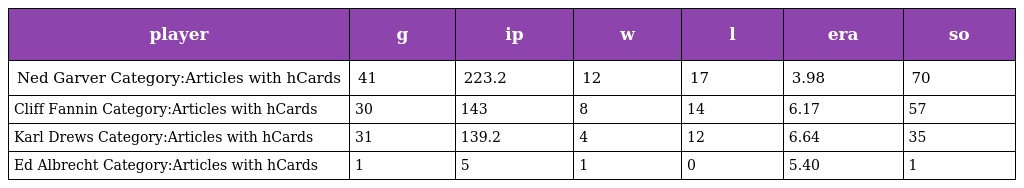
| player | g | ip | w | l | era | so |
 | --- | --- | --- | --- | --- | --- | --- |
 | Ned Garver Category:Articles with hCards | 41 | 223.2 | 12 | 17 | 3.98 | 70 |
 | Cliff Fannin Category:Articles with hCards | 30 | 143 | 8 | 14 | 6.17 | 57 |
 | Karl Drews Category:Articles with hCards | 31 | 139.2 | 4 | 12 | 6.64 | 35 |
 | Ed Albrecht Category:Articles with hCards | 1 | 5 | 1 | 0 | 5.40 | 1 |